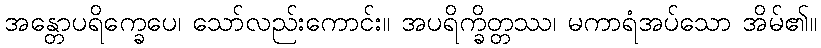
အန္တောပရိက္ခေပေ၊ သော်လည်းကောင်း။ အပရိက္ခိတ္တဿ၊ မကာရံအပ်သော အိမ်၏။